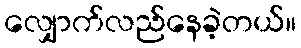
လျှောက်လည်နေခဲ့တယ်။